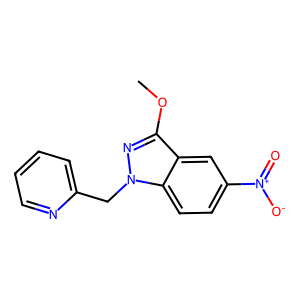
SMILES: COc1nn(Cc2ccccn2)c2ccc([N+](=O)[O-])cc12
Inhibits HIV replication: No